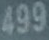
499